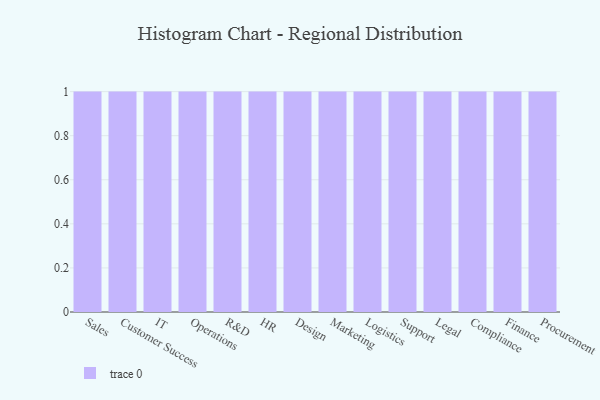
{"axis": {"x": "Department", "y": "Backlog"}, "legend": [""], "data": [{"x": "Sales", "y": 11, "type": ""}, {"x": "Customer Success", "y": 80, "type": ""}, {"x": "IT", "y": 88, "type": ""}, {"x": "Operations", "y": 4, "type": ""}, {"x": "R&D", "y": 39, "type": ""}, {"x": "HR", "y": 69, "type": ""}, {"x": "Design", "y": 75, "type": ""}, {"x": "Marketing", "y": 19, "type": ""}, {"x": "Logistics", "y": 11, "type": ""}, {"x": "Support", "y": 28, "type": ""}, {"x": "Legal", "y": 61, "type": ""}, {"x": "Compliance", "y": 70, "type": ""}, {"x": "Finance", "y": 97, "type": ""}, {"x": "Procurement", "y": 36, "type": ""}]}